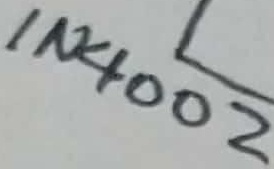
Text: IN4002